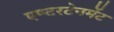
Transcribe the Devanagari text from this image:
एण्टरटेनमेंट